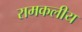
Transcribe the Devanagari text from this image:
रामकलीय